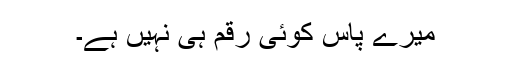
میرے پاس کوئی رقم ہی نہیں ہے۔